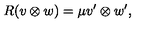
R ( v \otimes w ) = \mu v ^ { \prime } \otimes w ^ { \prime } ,